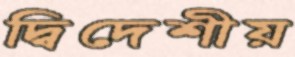
দ্বিদেশীয়